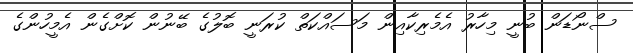
ސްނޯޑަން ބުނީ މިހާރު އެމެރިކާއިން މަސައްކަތް ކުރަނީ ބޮލުގެ ބޭނުން ކޮށްގެން އެމީހުންގެ